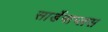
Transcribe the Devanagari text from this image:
सार्डेनाप्लस